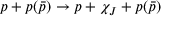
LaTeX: p + p ( \bar { p } ) \rightarrow p + \chi _ { J } + p ( \bar { p } )